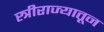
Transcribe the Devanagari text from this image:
स्त्रीराज्यातून